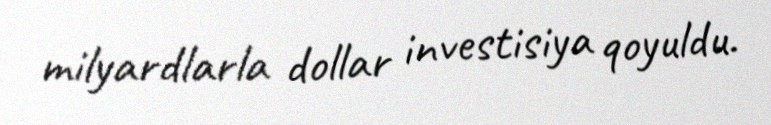
milyardlarla dollar investisiya qoyuldu.